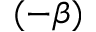
( - \beta )